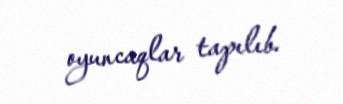
oyuncaqlar tapılıb.